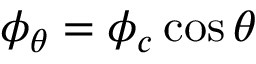
\phi _ { \theta } = \phi _ { c } \cos \theta